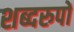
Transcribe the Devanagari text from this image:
शब्दरुपों